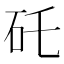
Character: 矺